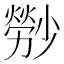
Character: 𤎤